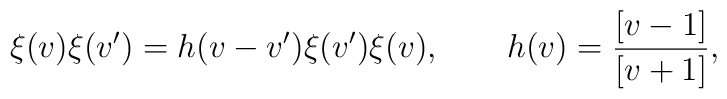
\xi(v)\xi(v')=h(v-v')\xi(v')\xi(v),\qquad h(v)=\frac{[v-1]}{[v+1]},